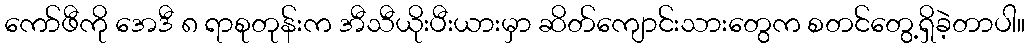
ကော်ဖီကို အေဒီ ၈ ရာစုတုန်းက အီသီယိုးပီးယားမှာ ဆိတ်ကျောင်းသားတွေက စတင်တွေ့ရှိခဲ့တာပါ။